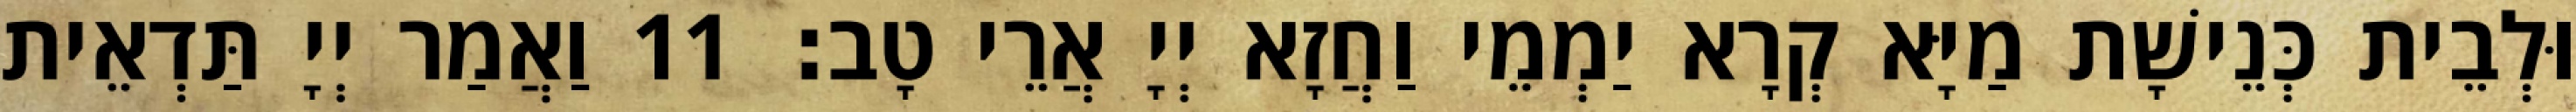
וּלְבֵית כְּנֵישָׁת מַיָּא קְרָא יַמְמֵי וַחֲזָא יְיָ אֲרֵי טָב׃ 11 וַאֲמַר יְיָ תַּדְאֵית